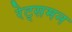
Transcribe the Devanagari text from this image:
रेट्समन